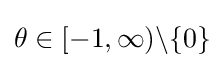
\theta \in [-1,\infty )\backslash \{0\}